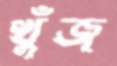
খুঁজ